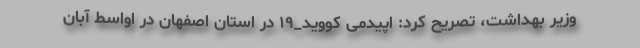
وزیر بهداشت، تصریح کرد: اپیدمی کووید_۱۹ در استان اصفهان در اواسط آبان